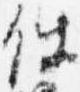
件